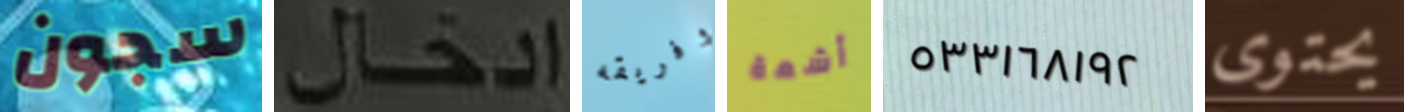
سجون إدخال وفريقه آشعة ٥٣٣١٦٨١٩٢ يحتوى